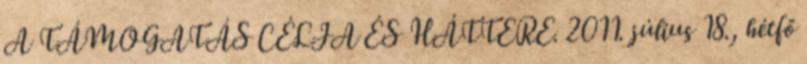
A TÁMOGATÁS CÉLJA ÉS HÁTTERE. 2011. július 18., hétfő